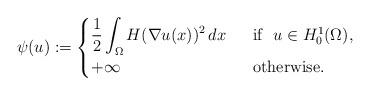
LaTeX: \begin{align*}\psi(u) :=\begin{cases}\displaystyle{\frac{1}{2}\int_\Omega H(\nabla u(x))^2 \, d x} \ &\mbox{ if } \ u \in H^1_0(\Omega),\\+\infty \ &\mbox{ otherwise.}\end{cases}\end{align*}